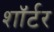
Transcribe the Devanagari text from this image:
शॉर्टर